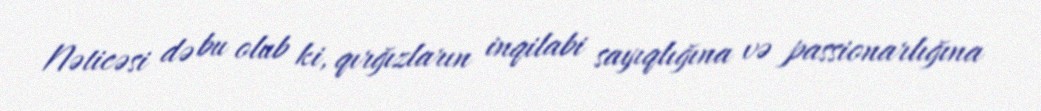
Nəticəsi də bu olub ki, qırğızların inqilabi sayıqlığına və passionarlığına